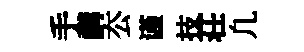
手講厺谨技荘凢